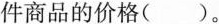
件商品的价格()。